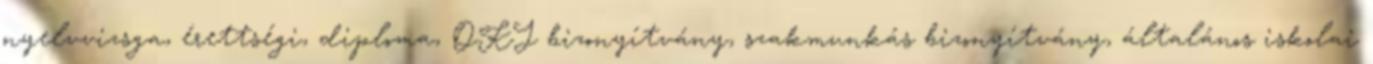
nyelvvizsga, érettségi, diploma, OKJ bizonyítvány, szakmunkás bizonyítvány, általános iskolai